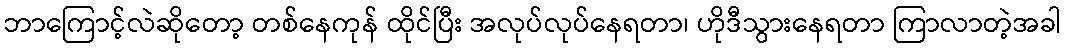
ဘာကြောင့်လဲဆိုတော့ တစ်နေကုန် ထိုင်ပြီး အလုပ်လုပ်နေရတာ၊ ဟိုဒီသွားနေရတာ ကြာလာတဲ့အခါ